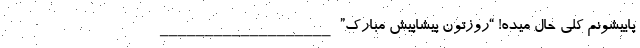
پاییشونم کلی حال میده! “روزتون پیشاپیش مبارک” ___________________